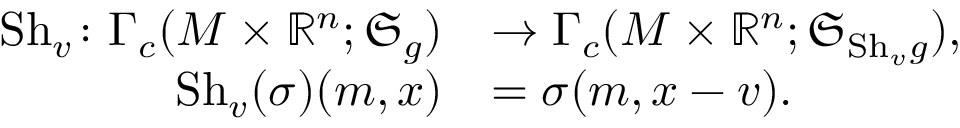
\begin{array} { r l } { \mathrm { S h } _ { v } \colon \Gamma _ { c } ( M \times \mathord { \mathbb { R } } ^ { n } ; \mathfrak { S } _ { g } ) } & { \rightarrow \Gamma _ { c } ( M \times \mathord { \mathbb { R } } ^ { n } ; \mathfrak { S } _ { \mathrm { S h } _ { v } g } ) , } \\ { \mathrm { S h } _ { v } ( \sigma ) ( m , x ) } & { = \sigma ( m , x - v ) . } \end{array}